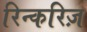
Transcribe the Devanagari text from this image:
रिन्करिज़